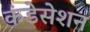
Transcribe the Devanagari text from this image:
कंडेसेशन